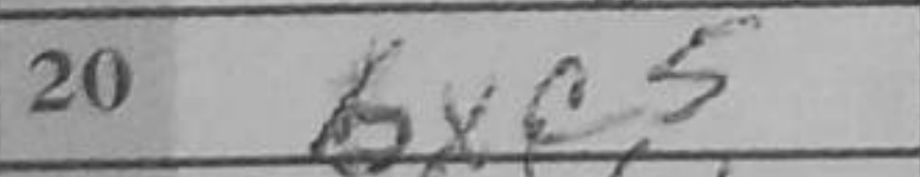
Transcription: bxc5